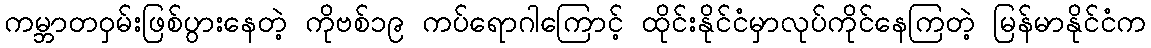
ကမ္ဘာတဝှမ်းဖြစ်ပွားနေတဲ့ ကိုဗစ်၁၉ ကပ်ရောဂါကြောင့် ထိုင်းနိုင်ငံမှာလုပ်ကိုင်နေကြတဲ့ မြန်မာနိုင်ငံက